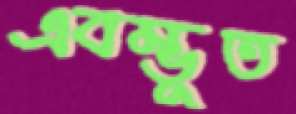
এবম্ভূত